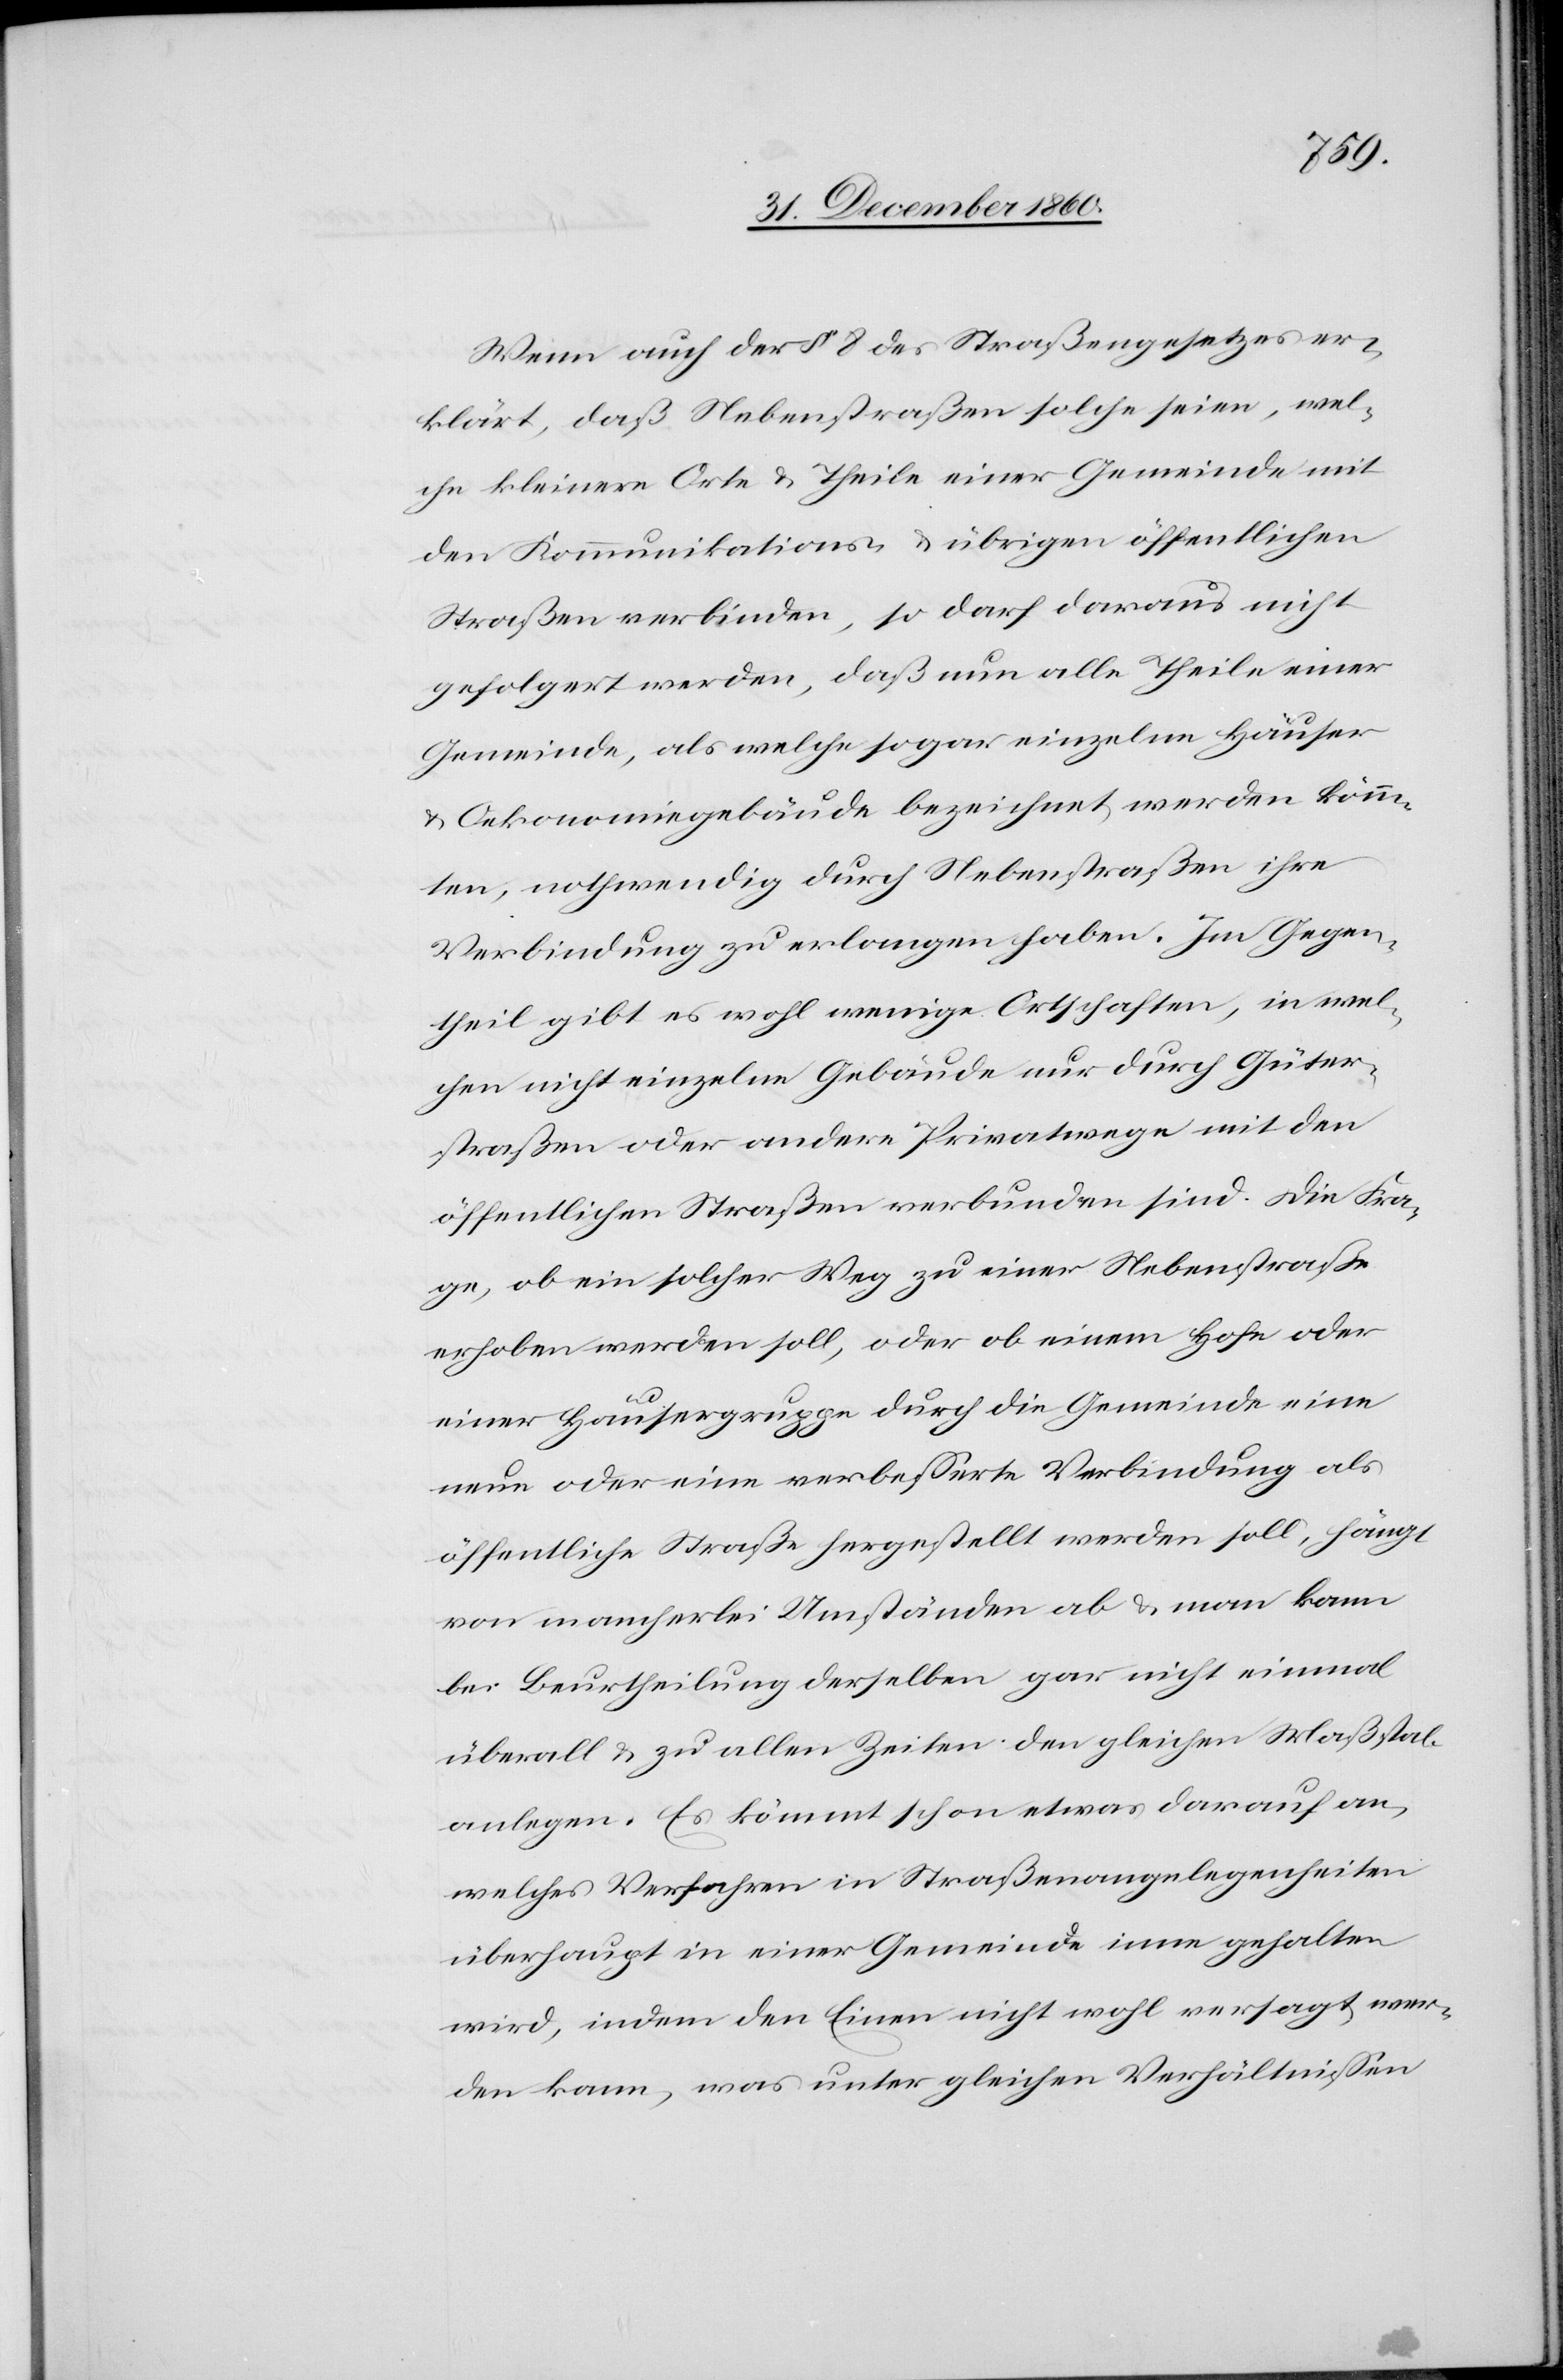
Wenn auch der § 8 des Straßengesetzes er¬
klärt, daß Nebenstraßen solche seien, wel¬
che kleinere Orte u. Theile einer Gemeinde mit
den Kommunikations- u. übrigen öffentlichen
Straßen verbinden, so darf daraus nicht
gefolgert werden, daß nun alle Theile einer
Gemeinde, als welche sogar einzelne Häuser
u. Oekonomiegebäude bezeichnet werden könn¬
en, nothwendig durch Nebenstraßen ihre
Verbindung zu erlangen haben. Im Gegen¬
theil gibt es wohl wenige Ortschaften, in wel¬
chen nicht einzelne Gebäude nur durch Güter¬
straßen oder andere Privatwege mit den
öffentlichen Straßen verbunden sind. Die Fra¬
ge, ob ein solcher Weg zu einer Nebenstraße
erhoben werden soll, oder ob einem Hofe oder
einer Häusergruppe durch die Gemeinde eine
neue oder eine verbesserte Verbindung als
öffentliche Straße hergestellt werden soll, hängt
von mancherlei Umständen ab u. man kann
bei Beurtheilung derselben gar nicht einmal
überall u. zu allen Zeiten den gleichen Maßstab
anlegen. Es kömmt schon etwas darauf an,
welches Verfahren in Straßenangelegenheiten
überhaupt in einer Gemeinde inne gehalten
wird, indem den Einen nicht wohl versagt wer¬
den kann, was unter gleichen Verhältnissen